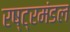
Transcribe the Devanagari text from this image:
रष्ट्रमंडल